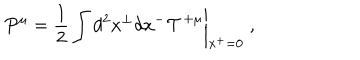
\left. P ^ { \mu } = \frac { 1 } { 2 } \int d ^ { 2 } x ^ { \perp } d x ^ { - } { \cal T } ^ { + \mu } \right| _ { x ^ { + } = 0 } \; ,